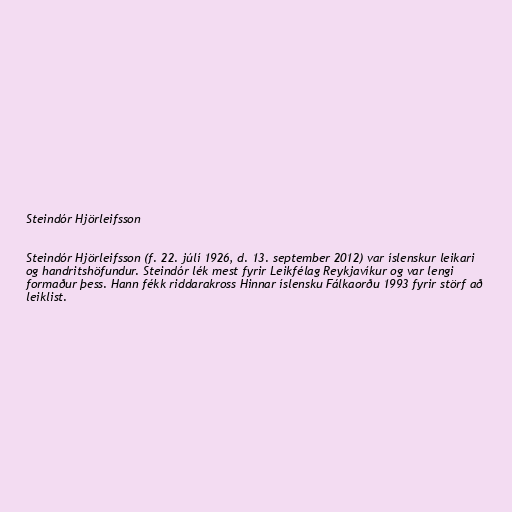
Steindór Hjörleifsson

Steindór Hjörleifsson (f. 22. júlí 1926, d. 13. september 2012) var íslenskur leikari
og handritshöfundur. Steindór lék mest fyrir Leikfélag Reykjavíkur og var lengi
formaður þess. Hann fékk riddarakross Hinnar íslensku Fálkaorðu 1993 fyrir störf að
leiklist.